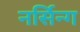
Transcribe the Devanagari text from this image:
नर्सिन्ग